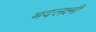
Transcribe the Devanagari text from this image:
मदलक्ष्मी